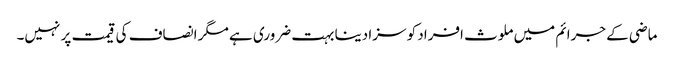
ماضی کے جرائم میں ملوث افراد کو سزا دینا بہت ضروری ہے مگر انصاف کی قیمت پر نہیں۔